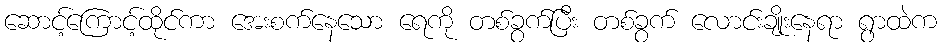
ဆောင့်ကြောင့်ထိုင်ကာ အေးစက်နေသော ရေကို တစ်ခွက်ပြီး တစ်ခွက် လောင်းချိုးနေရာ ရွာထဲက